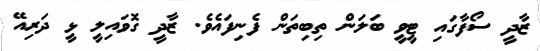
ޒާދީ ސޯފާގައި ޓީވީ ބަލަން ތިބިތަން ފެނިފައެވެ. ޒާދީ ގޮވައިލީ ޅީ ދަރިއޭ